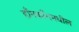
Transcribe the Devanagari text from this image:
हाँगकाँगमधील